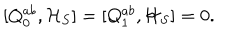
[ Q _ { 0 } ^ { a b } , { \cal H } _ { S } ] = [ Q _ { 1 } ^ { a b } , { \cal H } _ { S } ] = 0 .